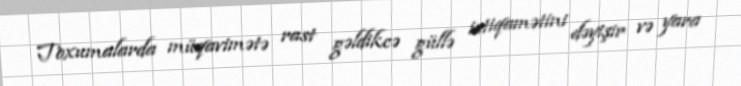
Toxumalarda müqavimətə rast gəldikcə güllə istiqamətini dəyişir və yara